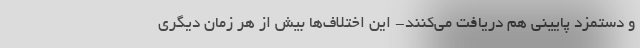
و دستمزد پایینی هم دریافت می‌کنند- این اختلاف‌ها بیش از هر زمان دیگری